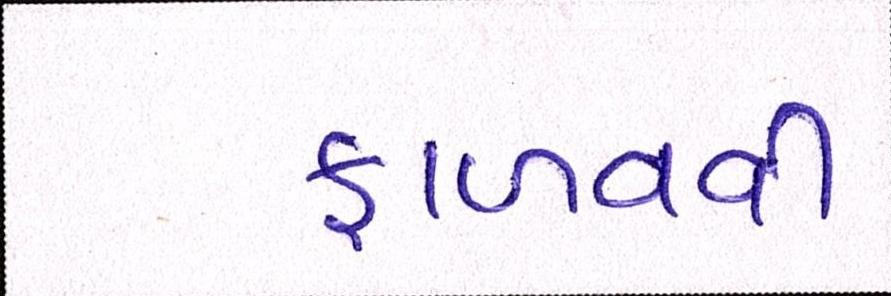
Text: ફાળવવી